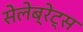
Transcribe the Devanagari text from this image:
सेलेब्रेट्स